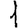
Digit: 1